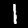
Label: 1